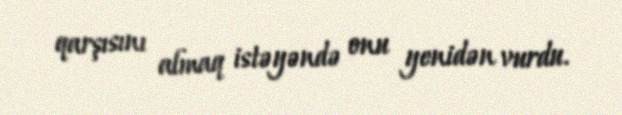
qarşısını almaq istəyəndə onu yenidən vurdu.